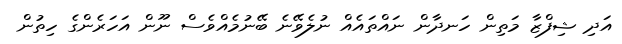
އަދި ޝިފްޒާ މަތިން ހަނދާން ނައްތައެއް ނުލެވޭނެ ބޭނުމެއްވެސް ނޫން އަހަރެންގެ ހިތުން